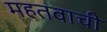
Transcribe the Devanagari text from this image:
महतवाची